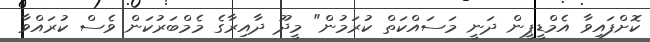
ކޮށްފައިވާ އެމްޑީޕީން ދަނީ މަސައްކަތް ކުރަމުން" މީދޫ ދާއިރާގެ މެމްބަރުކަން ވެސް ކުރައްވާ